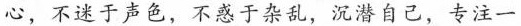
心，不迷于声色，不惑于杂乱，沉潜自己，专注一